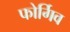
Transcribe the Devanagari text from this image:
फोर्गिव